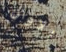
الاوان